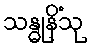
သန္ဓုနိံသု